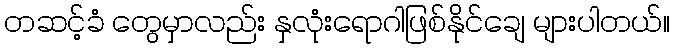
တဆင့်ခံ တွေမှာလည်း နှလုံးရောဂါဖြစ်နိုင်ချေ များပါတယ်။